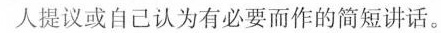
人提议或自己认为有必要而作的简短讲话。